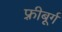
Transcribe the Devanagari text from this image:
फ़्रीबूर्ग